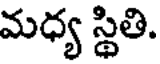
మధ్య స్థితి.